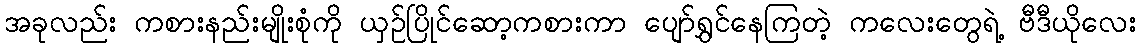
အခုလည်း ကစားနည်းမျိုးစုံကို ယှဉ်ပြိုင်ဆော့ကစားကာ ပျော်ရွှင်နေကြတဲ့ ကလေးတွေရဲ့ ဗီဒီယိုလေး